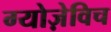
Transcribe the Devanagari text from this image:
ग्योज़ेविच